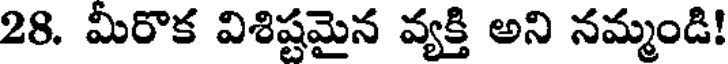
28. మీరొక విశిష్టమైన వ్యక్తి అని నమ్మండి!